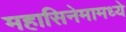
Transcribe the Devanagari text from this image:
महासिनेमामध्ये